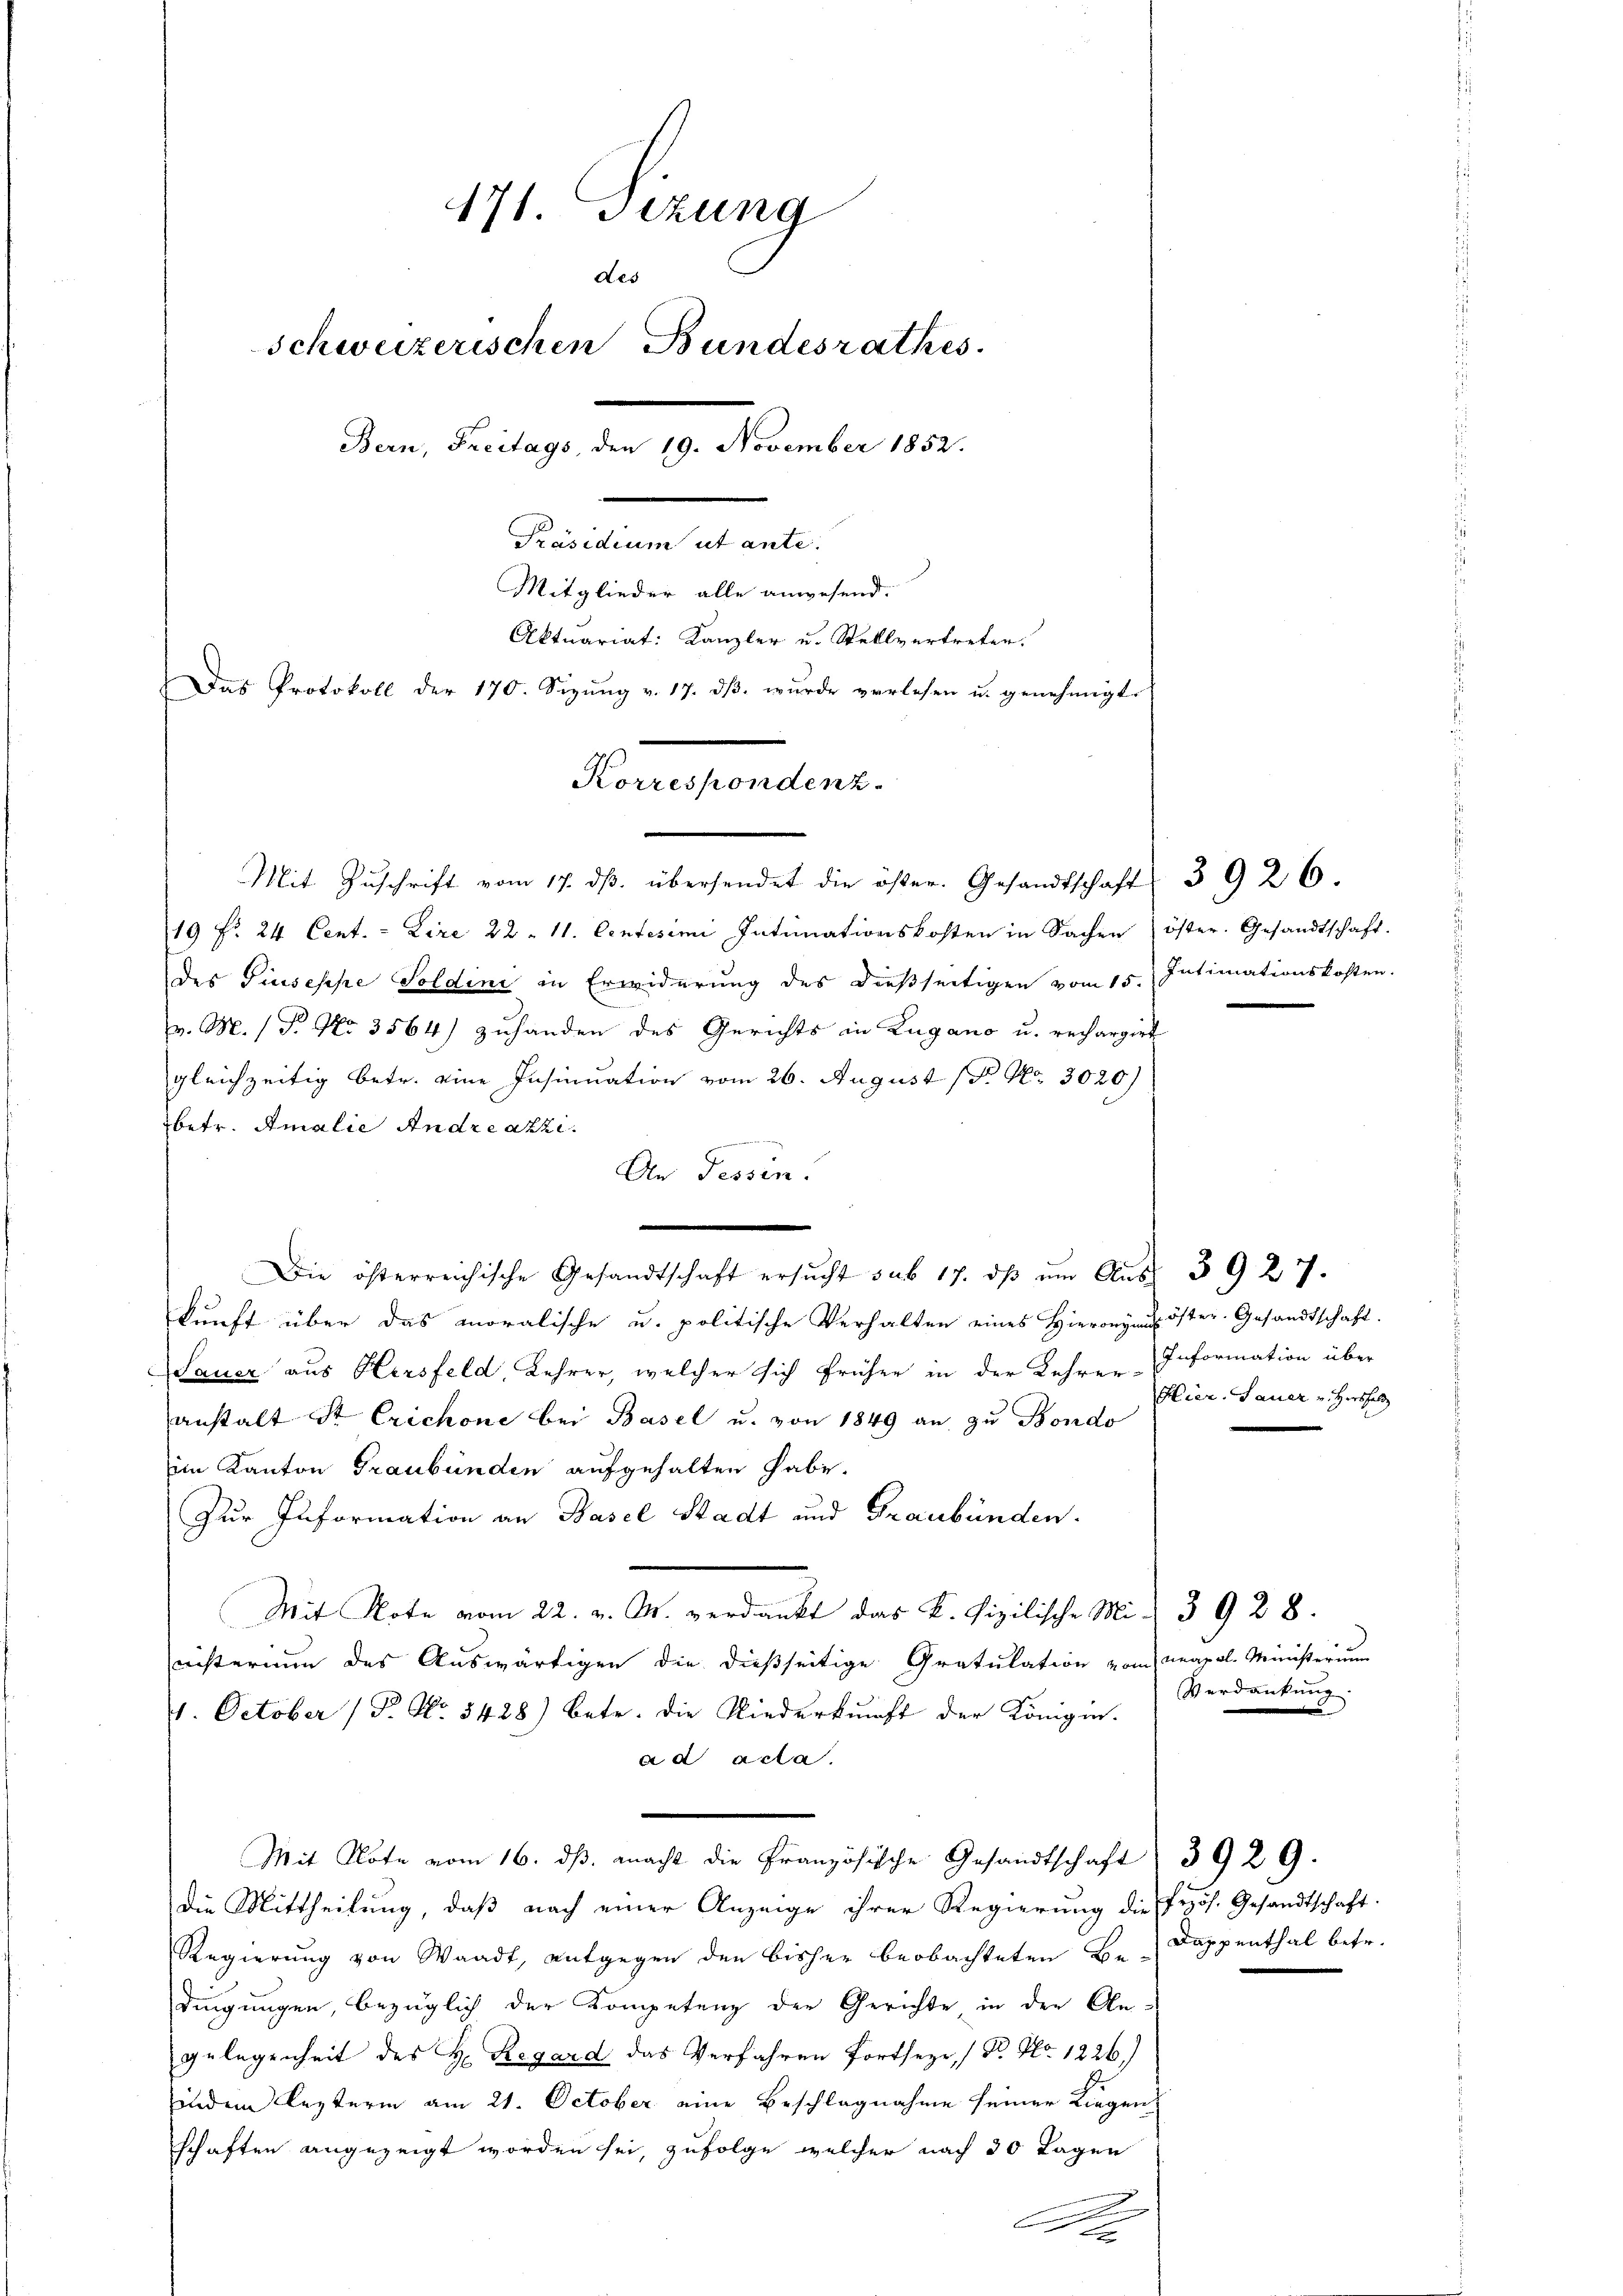
171. Sizung
des
Schweizerischen Bundesrathes.
Bern, Freitags, den 19. November 1852.
Präsidium ut ante.
Mitglieder alle anwesend.
Aktuariat: Kanzler u. Stellvertreten.
Das Protokoll der 170. Sizŭng v. 17. dβ. wŭrde verlesen u. genehmigt.

Kooperaten.
Mit Zŭschrift vom 17. dβ. übersendet die öster. Gesandtschaft 3926.

19 f. 24 Cent. - Lire 22. 11. Centesimi Intimationskosten in Sachen öster. Gesandtschaft.
des Piuseppe Soldini in Erwiderung des dießseitigen vom 15. Intimationskosten.
v. M. / P. Nr. 3564) zuhanden des Gerichts in Lugano u. rechargirt
gleichzeitig betr. eine Insinuation vom 26. August (dr Nr. 3020)
betr. Amalie Andreazzi.
An Tessin.
Die österreichische Gesandtschaft ersŭcht sub 17. dβ ŭm Aŭs 3927.
kunft über das moralische u. politische Verhalten eines Hieronym öster. Gesandtschaft.
Lauer aus Hersfeld, Lehrer, welcher sich früher in der Lehre Information über
anstalt St Erichone bei Basel u. von 1849 an zu Bondo
im Kanton Graubünden aufgehalten habe.
Zur Information an Basel Stadt und Graubünden.
Mit Note vom 22. v. M. verdankt das K. fizilische Mi- 3928.
nisterium des Auswärtigen die dießseitige Gratulation vom Neapol. Ministerium
4. October (T. No. 3428) betr. die Niederkunft der Königin-
ad acta.
Mit Note vom 16. dβ. macht die Französische Gesandtschaft 3929.
die Mittheilung, daß nach einer Anzeige ihrer Regierung die frös. Gesandtschaft.
Regierung von Waadt, entgegen den bisher beobachteten Be-Dappenthal betr.
dingungen, bezüglich der Kompetenz der Gerichte in den Angelegenheit des H. Regard das Verfahren fortseze, (Dr. No. 1226.)
indem lezterm am 21. October eine Beschlagnahme seiner Liegen
schaften angezeigt worden sei, zufolge welcher nach 30 Tagen
e
 xx

Hier. Sauer v. Hersholz

Verdankung.